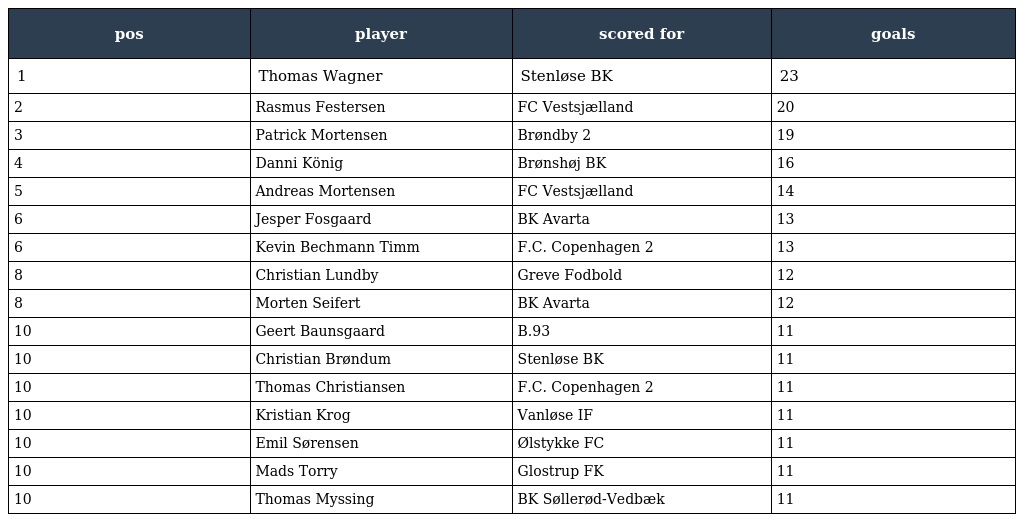
| pos | player | scored for | goals |
 | --- | --- | --- | --- |
 | 1 | Thomas Wagner | Stenløse BK | 23 |
 | 2 | Rasmus Festersen | FC Vestsjælland | 20 |
 | 3 | Patrick Mortensen | Brøndby 2 | 19 |
 | 4 | Danni König | Brønshøj BK | 16 |
 | 5 | Andreas Mortensen | FC Vestsjælland | 14 |
 | 6 | Jesper Fosgaard | BK Avarta | 13 |
 | 6 | Kevin Bechmann Timm | F.C. Copenhagen 2 | 13 |
 | 8 | Christian Lundby | Greve Fodbold | 12 |
 | 8 | Morten Seifert | BK Avarta | 12 |
 | 10 | Geert Baunsgaard | B.93 | 11 |
 | 10 | Christian Brøndum | Stenløse BK | 11 |
 | 10 | Thomas Christiansen | F.C. Copenhagen 2 | 11 |
 | 10 | Kristian Krog | Vanløse IF | 11 |
 | 10 | Emil Sørensen | Ølstykke FC | 11 |
 | 10 | Mads Torry | Glostrup FK | 11 |
 | 10 | Thomas Myssing | BK Søllerød-Vedbæk | 11 |